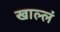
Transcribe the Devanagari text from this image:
खाल्लं